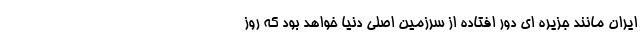
ایران مانند جزیره ای دور افتاده از سرزمین اصلی دنیا خواهد بود که روز